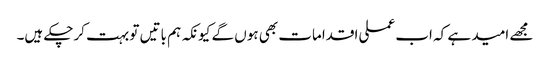
مجھے امید ہے کہ اب عملی اقدامات بھی ہوں گے کیونکہ ہم باتیں تو بہت کرچکے ہیں۔